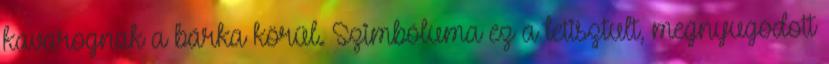
kavarognak a bárka körül. Szimbóluma ez a letisztult, megnyugodott